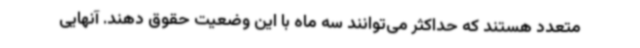
متعدد هستند که حداکثر می‌توانند سه ماه با این وضعیت حقوق دهند. آنهایی